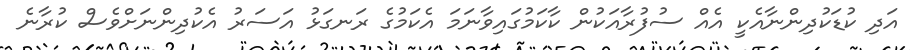
އަދި ކުޑަކުދިންނާއެކީ އެއް ސުފުރާއަކުން ކާކަމުގައިވާނަމަ އެކަމުގެ ރަނގަޅު އަސަރު އެކުދިންނަށްވެސް ކުރާނެ